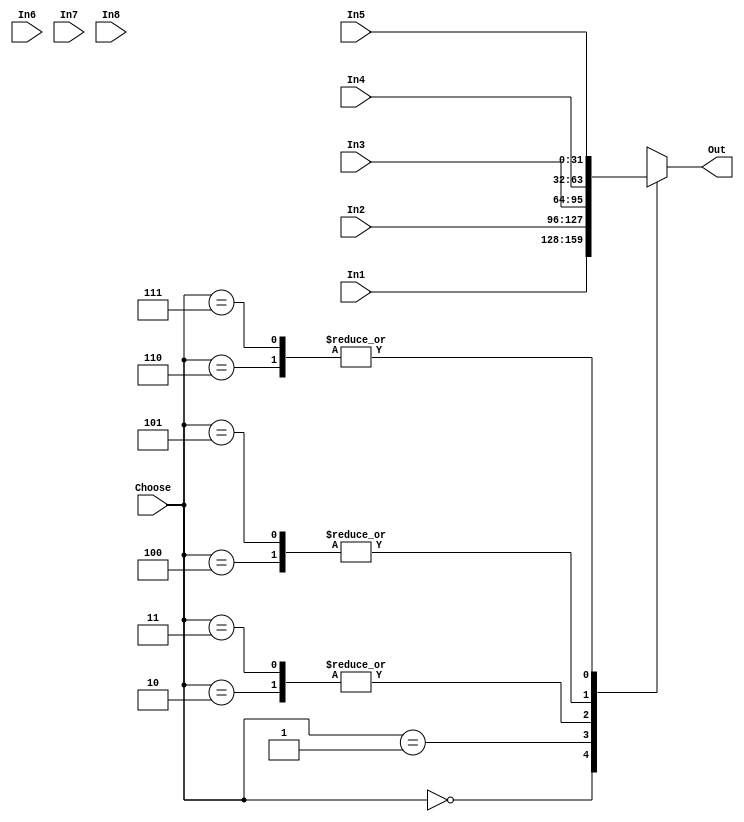
`timescale 1ns / 1ps
//////////////////////////////////////////////////////////////////////////////////
// Company: 
// Engineer: 
// 
// Design Name: 
// Module Name: MUX_8X3
// Project Name: 
// Target Devices: 
// Tool Versions: 
// Description: 
// 
// Dependencies: 
// 
// Revision:
// Revision 0.01 - File Created
// Additional Comments:
// 
//////////////////////////////////////////////////////////////////////////////////


module MUX_8X3
#(parameter n = 32)
(
    input [n-1:0] In1,
    input [n-1:0] In2, 
    input [n-1:0] In3,
    input [n-1:0] In4,
    input [n-1:0] In5,
    input [n-1:0] In6,
    input [n-1:0] In7,
    input [n-1:0] In8,
    input [2:0] Choose, 
    output reg [n-1:0] Out
);

    always @(*)
    begin
        case(Choose)
            // first 2 bits for forwarding + old bit for the mux.
            3'b00_0: Out = In1;  // no forwarding 
            3'b00_1: Out = In2;  // no forwarding
            3'b01_0: Out = In3;  // forwarding 01 (from aluoutput)
            3'b01_1: Out = In3;  // forwarding 01 (from aluoutput)
            3'b10_0: Out = In4;  // forwarding 10 (from mux write back)
            3'b10_1: Out = In4;  // forwarding 10 (from mux write back)
            3'b11_0: Out = In5;  // 32'b0
            3'b11_1: Out = In5;  // 32'b0
            default: Out = In5;           
        endcase
    end
endmodule